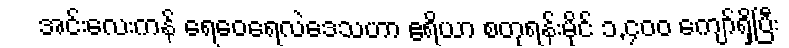
အင်းလေးကန် ရေဝေရေလဲဒေသဟာ ဧရိယာ စတုရန်းမိုင် ၁,၄၀၀ ကျော်ရှိပြီး